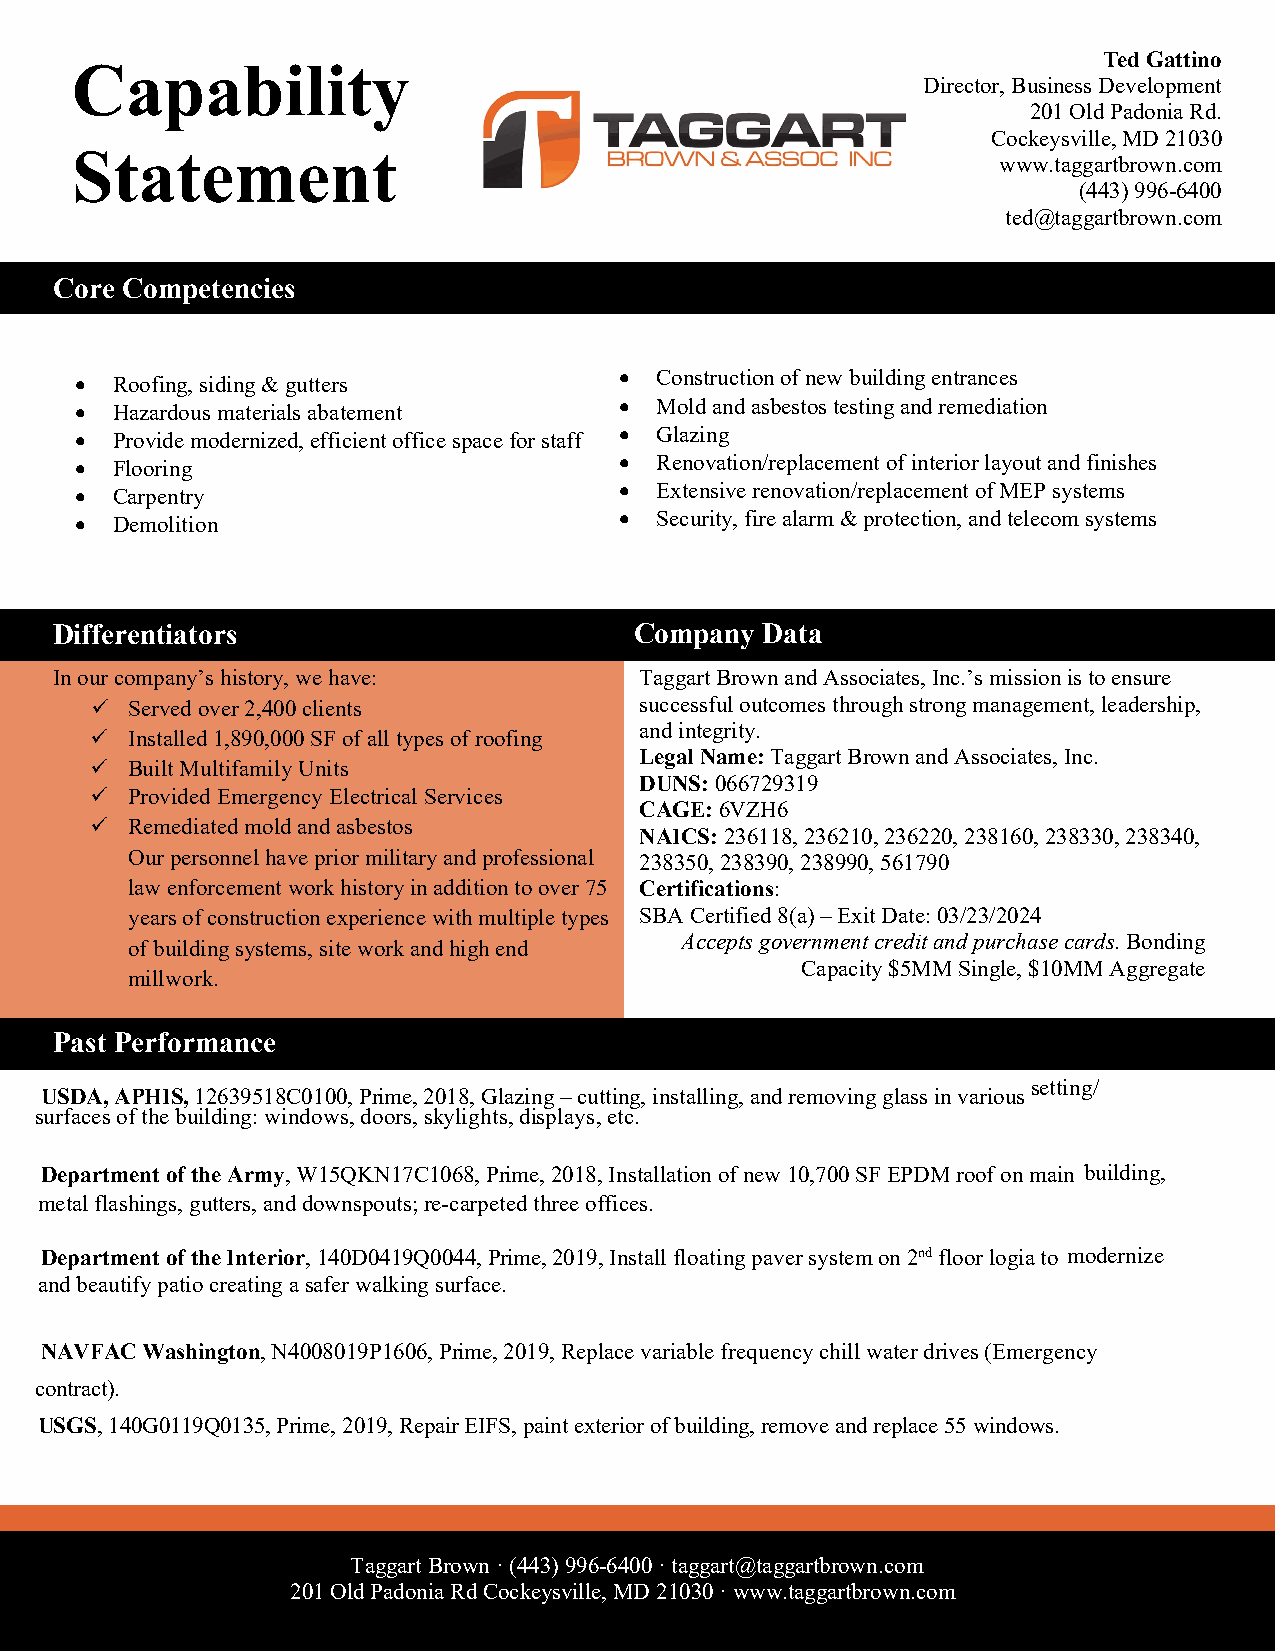
Ted Gattino
 Capability
 Director, Business Development
 201 Old Padonia Rd.
 Cockeysville, MD 21030
 Statement                                                    www.taggartbrown.com
 (443)996-6400
 ted@taggartbrown.com
 Core Competencies
 • Roofing, siding & gutters         • Construction of new building entrances
 • Hazardous materials abatement     • Mold and asbestos testing and remediation
 • Provide modernized, efficient office space for staff • Glazing
 • Flooring                          • Renovation/replacement of interior layout and finishes
 • Carpentry                         • Extensive renovation/replacement of MEP systems
 • Demolition                        • Security, fire alarm & protection, and telecom systems
 Differentiators                       Company  Data
 In our company’s history, we have:    Taggart Brown and Associates, Inc.’s mission is to ensure
  Served over 2,400 clients         successful outcomes through strong management, leadership,
  Installed 1,890,000 SF of all types of roofing and integrity.
 Legal Name: Taggart Brown and Associates, Inc.
  Built Multifamily Units
 DUNS: 066729319
  Provided Emergency Electrical Services
 CAGE: 6VZH6
  Remediated mold and asbestos
 NAICS: 236118, 236210, 236220, 238160, 238330, 238340,
 Our personnel have prior military and professional 238350, 238390, 238990, 561790
 law enforcement work history in addition to over 75 Certifications:
 years of construction experience with multiple types SBA Certified 8(a) – Exit Date: 03/23/2024
 Accepts government credit and purchase cards. Bonding
 of building systems, site work and high end
 Capacity $5MM Single, $10MM Aggregate
 millwork.
 Past Performance
 setting/
 USDA, APHIS, 12639518C0100, Prime, 2018, Glazing – cutting, installing, and removing glass in various
 surfaces of the building: windows, doors, skylights, displays, etc.
 Department of the Army, W15QKN17C1068, Prime, 2018, Installation of new 10,700 SF EPDM roof on main building,
 metal flashings, gutters, and downspouts; re-carpeted three offices.
 Department of the Interior, 140D0419Q0044, Prime, 2019, Install floating paver system on 2nd floor logia to modernize
 and beautify patio creating a safer walking surface.
 NAVFAC Washington, N4008019P1606, Prime, 2019, Replace variable frequency chill water drives (Emergency
 contract).
 USGS, 140G0119Q0135, Prime, 2019, Repair EIFS, paint exterior of building, remove and replace 55 windows.
 Taggart Brown · (443) 996-6400 · taggart@taggartbrown.com
 201 Old Padonia Rd Cockeysville, MD 21030 · www.taggartbrown.com